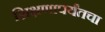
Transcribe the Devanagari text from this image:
शिक्षणापर्यंतचा